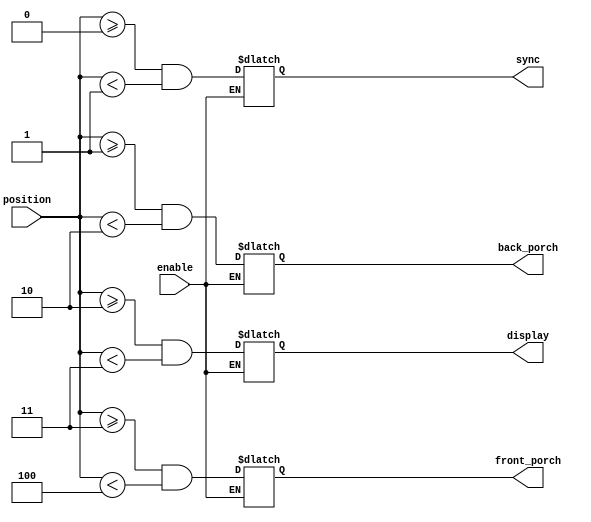
module display_region_handler #(
    parameter SYNC_SIZE = 1,
    parameter BP_SIZE = 1,
    parameter DISPLAY_SIZE = 1,
    parameter FP_SIZE = 1,
    
    localparam TOTAL_SIZE = SYNC_SIZE + BP_SIZE + DISPLAY_SIZE + FP_SIZE,
    localparam SIZE_BITS = $clog2(TOTAL_SIZE)
) (
    input enable,
    input [SIZE_BITS-1 : 0] position,
    
    output reg sync,
    output reg back_porch,
    output reg display,
    output reg front_porch
);
    always @(*) begin
        if (enable) begin
            /* verilator lint_off UNSIGNED */
            sync =          (position >= 0 && position < SYNC_SIZE);
            back_porch =    (position >= SYNC_SIZE && position < SYNC_SIZE + BP_SIZE);
            display =       (position >= SYNC_SIZE + BP_SIZE && position < SYNC_SIZE + BP_SIZE + DISPLAY_SIZE);
            front_porch =   (position >= SYNC_SIZE + BP_SIZE + DISPLAY_SIZE && position < TOTAL_SIZE);
        end
    end
endmodule